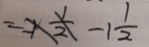
= - 1 \frac { 1 } { 2 } - 1 \frac { 1 } { 2 }